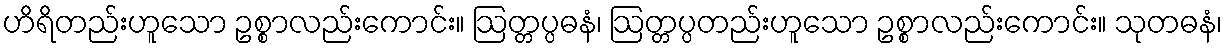
ဟိရိတည်းဟူသော ဥစ္စာလည်းကောင်း။ ဩတ္တပ္ပဓနံ၊ ဩတ္တပ္ပတည်းဟူသော ဥစ္စာလည်းကောင်း။ သုတဓနံ၊